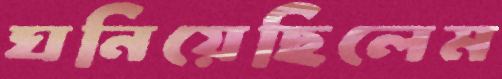
ঘনিয়েছিলেম